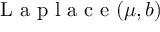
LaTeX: { \textrm { L a p l a c e } } ( \mu , b )